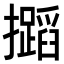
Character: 𢹡